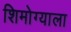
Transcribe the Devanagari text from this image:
शिमोग्याला